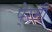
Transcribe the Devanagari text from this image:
पे्रमी